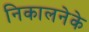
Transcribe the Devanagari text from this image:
निकालनेके